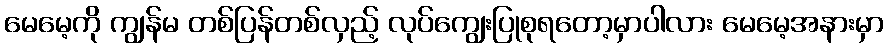
မေမေ့ကို ကျွန်မ တစ်ပြန်တစ်လှည့် လုပ်ကျွေးပြုစုရတော့မှာပါလား မေမေ့အနားမှာ